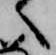
へ